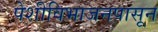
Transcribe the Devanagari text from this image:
पेशीविभाजनपासून